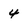
Character: 4